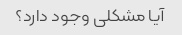
آیا مشکلی وجود دارد؟